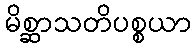
မိစ္ဆာသတိပစ္စယာ